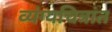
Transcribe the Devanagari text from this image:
व्यंग्यचित्रांत